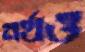
নর্থও